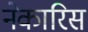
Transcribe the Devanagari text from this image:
नेकारिस